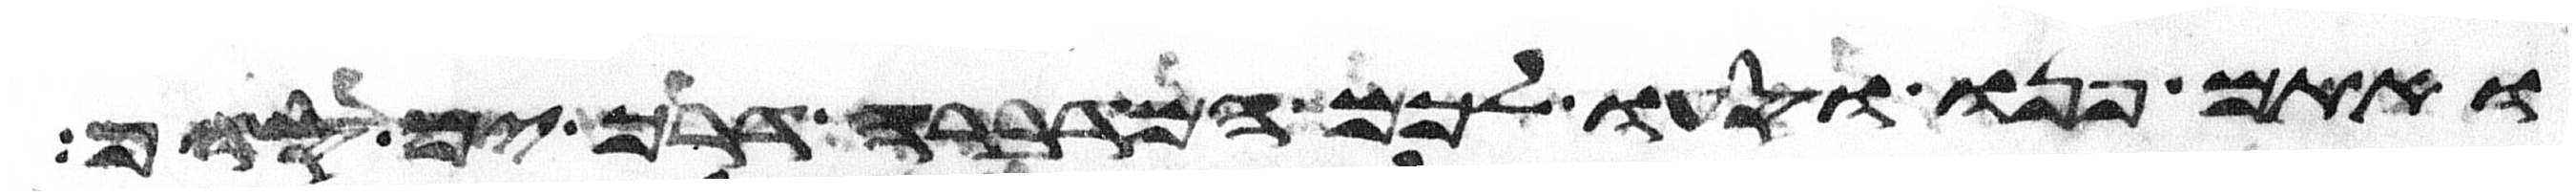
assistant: ואתם פנו וסעו לכם המדברה דרך ים סוף